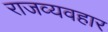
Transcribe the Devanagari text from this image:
राजव्यवहार